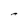
Character: 4